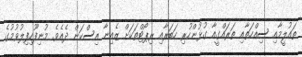
ތައުލީމާއި ސިއްހަތާއި ތަރައްގީއާ ގުޅުންހުރި ހަބަރާއި ރިޕޯޓްތަކަށް ޒެއިނާ އިސްކަން ދެއެވެ. މުނިފޫހިފިލުވުމުގެ